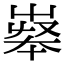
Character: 𡴝